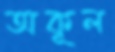
অকূল